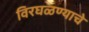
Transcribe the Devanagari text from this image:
विरघळण्याचे